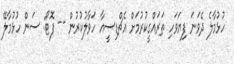
ހުޅުމާލެ ދެވަނަ ފިޔަވަހި ތަރައްގީކުރުމަށް އެޗްޑިސީއާ ހަވާލުކުރުން -- ފޮޓޯ: ސަން ހުޅުމާލޭ